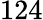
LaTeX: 124